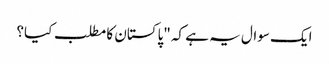
ایک سوال یہ ہے کہ "پاکستان کا مطلب کیا؟